Civil Veterinary Dept. Bombay admin report 1914-1922 - 1914-1922
Year: 1914
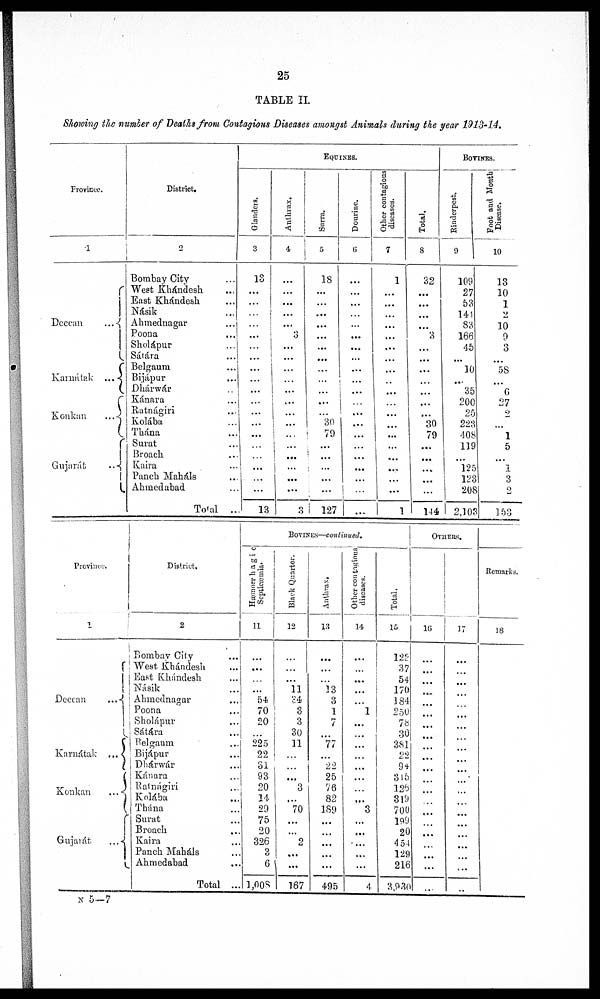
25
TABLE II.
Showing the number of Deaths from Contagious Diseases amongst Animals during the year 1913-14.
Province.
1
Deccan
...
Karnátak ...
Konkan
...
Gujarát
...
District.
2
Bombay City ...
West Khándesh ...
East Khándesh ...
Násik ...
Ahmednagar ...
Poona
Sholápur ...
Sátára ...
Belgam ...
Bijápur ...
Dhárwár ...
Kánara ...
Ratnágiri ...
Kolába ...
Thána ...
Surat ...
Broach ...
Kaira ...
Panch Maháls ...
Ahmedabad ...
Total ...
EQUINES.
Glanders.
3
...
...
...
...
...
...
...
...
...
...
...
...
...
...
...
...
...
...
...
...
13
Anthrax.
4
...
...
...
...
...
3
...
...
...
...
...
...
...
...
...
...
...
...
...
...
3
Surra.
5
18
...
...
...
...
...
...
...
...
...
...
...
...
30
79
...
...
...
...
...
127
Dourine.
6
...
...
...
...
...
...
...
...
...
...
...
...
...
...
...
...
...
...
...
...
Other contagious
diseases.
7
1
...
...
...
...
...
...
...
...
..
...
...
...
...
...
......
...
...
...
...
1
Total.
8
32
...
...
...
...
3
...
...
...
...
...
...
...
30
79
...
...
...
...
...
144
BOVINES.
Rinderpest.
9
109
27
53
141
83
166
45
...
10
...
35
200
25
223
408
119
...
125
123
208
2,103
Foot and Mouth
Disease.
10
13
10
1
2
10
9
3
...
5S
...
6
27
2
...
1
5
...
1
3
2
153
Province.
1
Deccan
...
Karnátak ...
Konkan ...
Gujarát ...
District,
2
Bombay City ...
West Khándesh ...
East Khándesh ...
Násik ...
Ahmednagar ...
Poona ...
Sholápur ...
Sátára ...
Belgaum ...
Bijápur ...
Dhárwár ...
Kánara ...
Ratnágiri ...
Kolába ...
Thána ...
Surat ...
Broach ...
Kaira ...
Panch Maháls ...
Ahmedabad ...
Total ..
BOVINES—continued.
Hæmorrhagic
Septicæmia.
11
...
...
...
...
54.
70
20
...
225
22
31
93
20
14
29
75
20
326
3
6
1,008
Black Quarter.
12
...
...
...
11
34 3
3
30
11
...
...
...
3
...
70
...
...
2
...
...
167
Anthrax,
13
...
...
...
13
3
1
7
...
77
...
22
25
76
82
189
...
...
...
...
...
495
Other contagious
diseases.
14
...
...
...
...
...
1
...
...
...
...
...
...
...
...
3
...
...
...
...
...
4
Total.
15
122
37
54
170
184
250
78
30
381
22
94
315
126
319
700
199
20
454
129
216
3,930
OTHERS
16
...
...
...
....
...
...
...
...
...
...
...
...
...
...
...
...
...
...
...
...
...
17
...
...
...
...
...
...
...
...
...
...
...
...
...
...
...
...
...
...
...
...
...
Remarks.
18
N 5—7